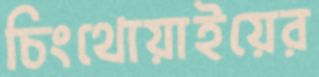
চিংথোয়াইয়ের